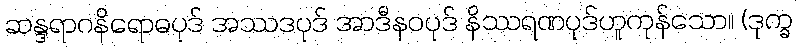
ဆန္ဒရာဂနိရောဓပုဒ် အဿဒပုဒ် အာဒီနဝပုဒ် နိဿရဏပုဒ်ဟူကုန်သော။ (ဒုက္ခ